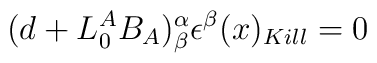
(d+ L^A_0 B_A)^{\alpha}_ \beta  \epsilon^\beta  (x)_{Kill} =0